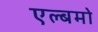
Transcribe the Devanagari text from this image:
एल्बमो